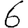
Digit: 6